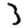
Digit: 3